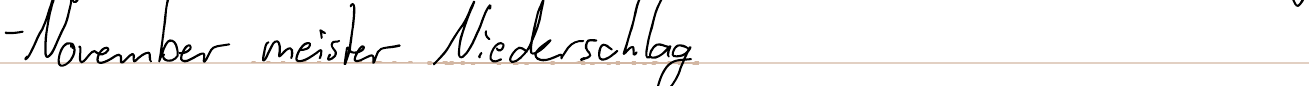
- November meister Niederschlag